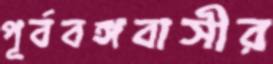
পূর্ববঙ্গবাসীর